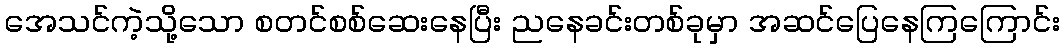
အေသင်ကဲ့သို့သော စတင်စစ်ဆေးနေပြီး ညနေခင်းတစ်ခုမှာ အဆင်ပြေနေကြကြောင်း